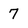
Character: 7